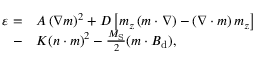
\begin{array} { r l } { \varepsilon = } & { A \left( \nabla \boldsymbol { m } \right) ^ { 2 } + D \left[ m _ { z } \left( \boldsymbol { m } \cdot \nabla \right) - \left( \nabla \cdot \boldsymbol { m } \right) m _ { z } \right] } \\ { - } & { K ( \boldsymbol { n } \cdot \boldsymbol { m } ) ^ { 2 } - \frac { M _ { \mathrm { S } } } { 2 } ( \boldsymbol { m } \cdot \boldsymbol { B } _ { \mathrm { d } } ) , } \end{array}